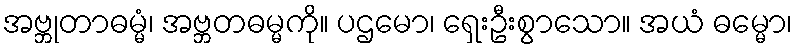
အဗ္ဘုတာဓမ္မံ၊ အဗ္ဘတဓမ္မကို။ ပဌမော၊ ရှေးဦးစွာသော။ အယံ ဓမ္မော၊